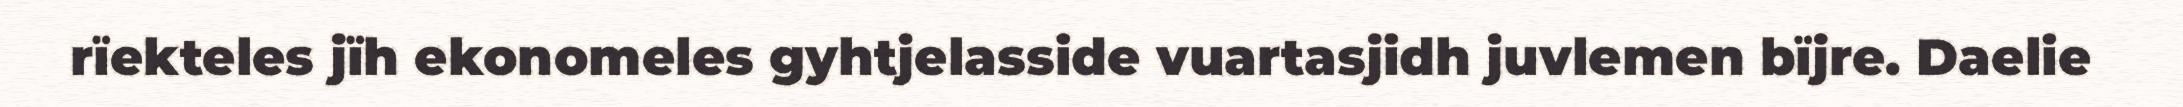
rïekteles jïh ekonomeles gyhtjelasside vuartasjidh juvlemen bïjre. Daelie